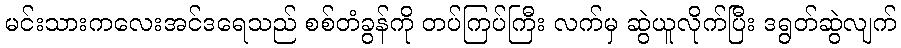
မင်းသားကလေးအင်ဒရေသည် စစ်တံခွန်ကို တပ်ကြပ်ကြီး လက်မှ ဆွဲယူလိုက်ပြီး ဒရွတ်ဆွဲလျက်